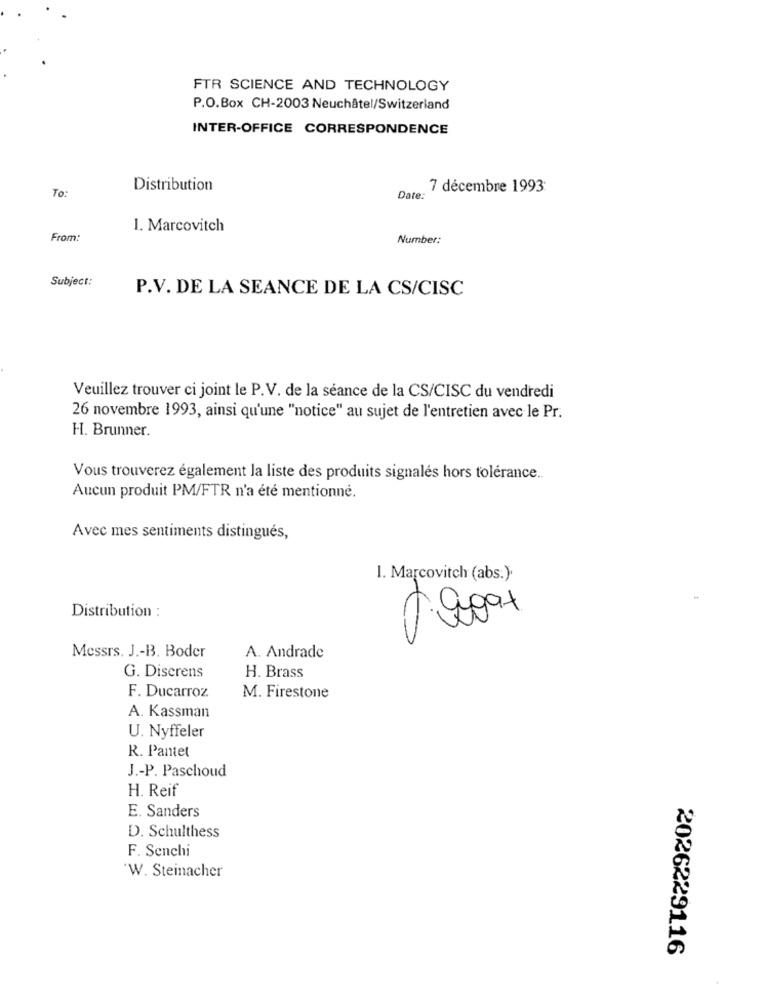
FTR SCIENCE AND TECHNOLOGY
P.O.Box CH-2003 Neuchâtel/Switzerland
INTER-OFFICE CORRESPONDENCE
To:
Distribution
7 décembre 1993
Date:
1. Marcovitch
From:
Number:
Subject:
P.V. DE LA SEANCE DE LA CS/CISC
Veuillez trouver ci joint le P.V. de la séance de la CS/CISC du vendredi
26 novembre 1993, ainsi qu'une "notice" au sujet de l'entretien avec le Pr.
H. Brunner.
Vous trouverez également la liste des produits signalés hors tolérance.
Aucun produit PM/FTR n'a été mentionné.
Avec mes sentiments distingués,
1. Marcovitch (abs.).
C
Distribution :
Messrs. J .- B. Boder
A. Andrade
G. Diserens
H. Brass
F. Ducarroz.
M. Firestone
A. Kassman
U. Nyffeler
R. Pantet
J .- P. Paschoud
H. Reif
E. Sanders
D. Schulthess
F. Senchi
W. Steinacher
2026229116